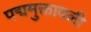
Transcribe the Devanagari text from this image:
पद्ममुक्तावली